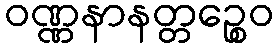
ဝဏ္ဏနာနတ္တဉ္စေဝ